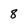
Character: 8